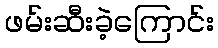
ဖမ်းဆီးခဲ့ကြောင်း